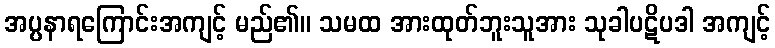
အပ္ပနာရကြောင်းအကျင့် မည်၏။ သမထ အားထုတ်ဘူးသူအား သုခါပဋိပဒါ အကျင့်